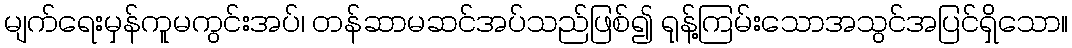
မျက်ရေးမှန်ကူမကွင်းအပ်၊ တန်ဆာမဆင်အပ်သည်ဖြစ်၍ ရုန့်ကြမ်းသောအသွင်အပြင်ရှိသော။